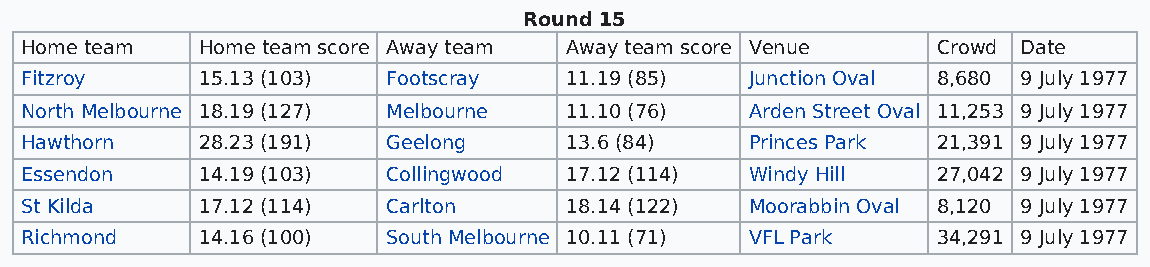
Round 15
 Home team   Home team score Away team Away team score Venue  Crowd Date
 Fitzroy     15.13 (103)  Footscray  11.19 (85)   Junction Oval 8,680 9 July 1977
 North Melbourne 18.19 (127) Melbourne 11.10 (76) Arden Street Oval 11,253 9 July 1977
 Hawthorn    28.23 (191)  Geelong    13.6 (84)    Princes Park 21,391 9 July 1977
 Essendon    14.19 (103)  Collingwood 17.12 (114) Windy Hill  27,042 9 July 1977
 St Kilda    17.12 (114)  Carlton    18.14 (122)  Moorabbin Oval 8,120 9 July 1977
 Richmond    14.16 (100)  South Melbourne 10.11 (71) VFL Park 34,291 9 July 1977